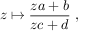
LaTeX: z \mapsto { \frac { z a + b } { z c + d } } \ ,